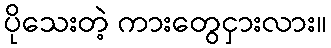
ပိုသေးတဲ့ ကားတွေငှားလား။